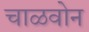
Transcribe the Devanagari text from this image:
चाळवोन